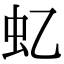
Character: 𧈝